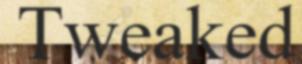
Tweaked